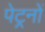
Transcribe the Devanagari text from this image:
पेट्रनों